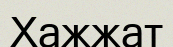
Хажжат